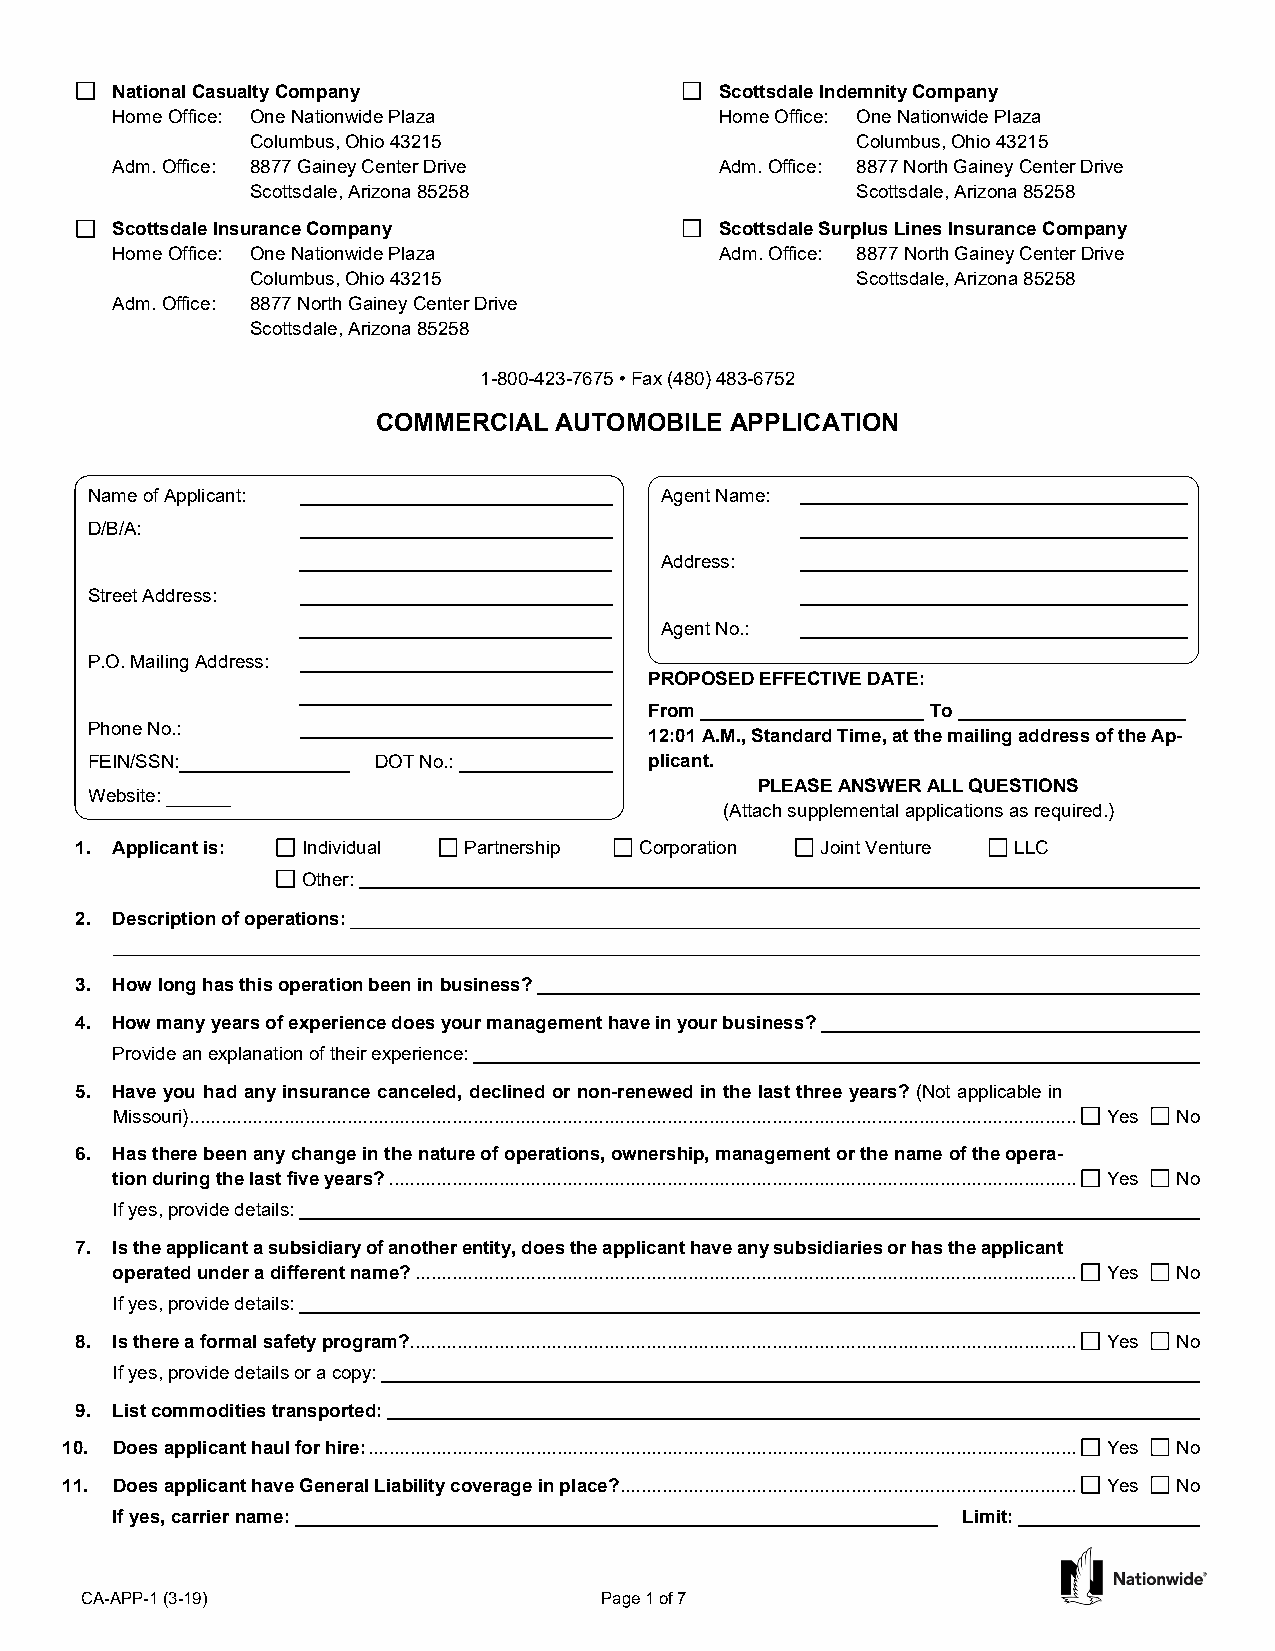
National Casualty Company                Scottsdale Indemnity Company
 Home Office: One Nationwide Plaza        Home Office: One Nationwide Plaza
 Columbus, Ohio 43215                    Columbus, Ohio 43215
 Adm. Office: 8877 Gainey Center Drive    Adm. Office: 8877 North Gainey Center Drive
 Scottsdale, Arizona 85258               Scottsdale, Arizona 85258
 Scottsdale Insurance Company             Scottsdale Surplus Lines Insurance Company
 Home Office: One Nationwide Plaza        Adm. Office: 8877 North Gainey Center Drive
 Columbus, Ohio 43215                    Scottsdale, Arizona 85258
 Adm. Office: 8877 North Gainey Center Drive
 Scottsdale, Arizona 85258
 1-800-423-7675 • Fax (480) 483-6752
 COMMERCIAL  AUTOMOBILE APPLICATION
 Name of Applicant:                    Agent Name:
 D/B/A:
 Address:
 Street Address:
 Agent No.:
 P.O. Mailing Address:
 PROPOSED EFFECTIVE DATE:
 From               To
 Phone No.:
 12:01 A.M., Standard Time, at the mailing address of the Ap-
 FEIN/SSN:          DOT No.:          plicant.
 PLEASE ANSWER ALL QUESTIONS
 Website:
 (Attach supplemental applications as required.)
 1. Applicant is: Individual Partnership Corporation Joint Venture LLC
 Other:
 2. Description of operations:
 3. How long has this operation been in business?
 4. How many years of experience does your management have in your business?
 Provide an explanation of their experience:
 5. Have you had any insurance canceled, declined or non-renewed in the last three years? (Not applicable in
 Missouri) ......................................................................................................................................................................... Yes No
 6. Has there been any change in the nature of operations, ownership, management or the name of the opera-
 tion during the last five years? ................................................................................................................................... Yes No
 If yes, provide details:
 7. Is the applicant a subsidiary of another entity, does the applicant have any subsidiaries or has the applicant
 operated under a different name? .............................................................................................................................. Yes No
 If yes, provide details:
 8. Is there a formal safety program?............................................................................................................................... Yes No
 If yes, provide details or a copy:
 9. List commodities transported:
 10. Does applicant haul for hire: ....................................................................................................................................... Yes No
 11. Does applicant have General Liability coverage in place? ....................................................................................... Yes No
 If yes, carrier name:                                    Limit:
 CA-APP-1 (3-19)                    Page 1 of 7